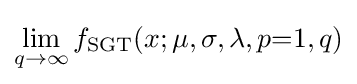
\lim _{q\to \infty }f_{\text{SGT}}(x;\mu ,\sigma ,\lambda ,p{=}1,q)